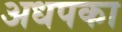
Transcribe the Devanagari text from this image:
अधपका